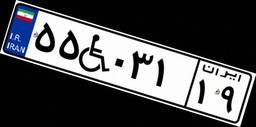
۵۸W۶۳۳۹۴